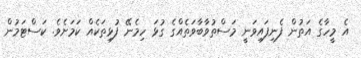
އެ މީހާގެ އަތުން ފެނިފައިވަނީ މަސްތުވާބާވަތެއްގެ ގުޅަ ހިމެނޭ ފުޅިތަކެއް ކަމަށެވެ. ކަސްޓަމުން